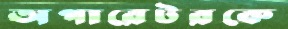
অপারেটরকে